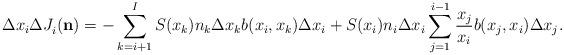
LaTeX: \begin{align*}\Delta x_i \Delta {J}_{i}^{}({\bf{n}}) = - \sum_{k=i+1}^I S(x_k) n_k \Delta x_k b(x_i,x_k)\Delta x_i + S(x_i) n_i \Delta x_i \sum_{j=1}^{i-1} \frac{x_j}{x_i} b(x_j,x_i)\Delta x_j.\end{align*}